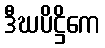
ဒီဃပိဋ္ဌိကေ